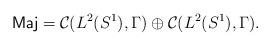
LaTeX: \begin{align*}\mbox{\sf Maj}= {\cal C}(L^2(S^1),\Gamma) \oplus{\cal C}(L^2(S^1),\Gamma).\end{align*}